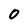
Character: 0